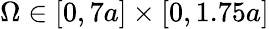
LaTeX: \Omega\in[0,7a]\times[0,1.75a]